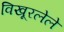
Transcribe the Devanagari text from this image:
विखूरलेले